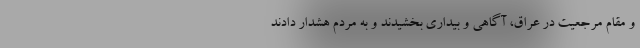
و مقام مرجعیت در عراق، آگاهی و بیداری بخشیدند و به مردم هشدار دادند